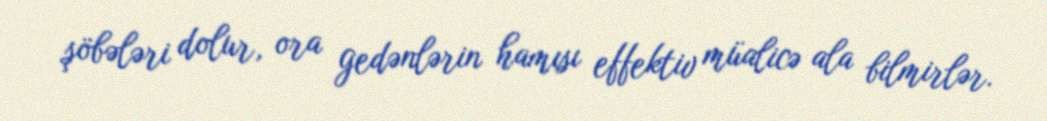
şöbələri dolur, ora gedənlərin hamısı effektiv müalicə ala bilmirlər.